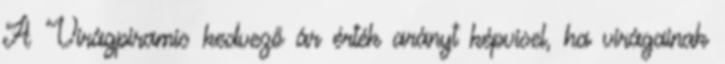
A Virágpiramis kedvező ár érték arányt képvisel, ha virágainak